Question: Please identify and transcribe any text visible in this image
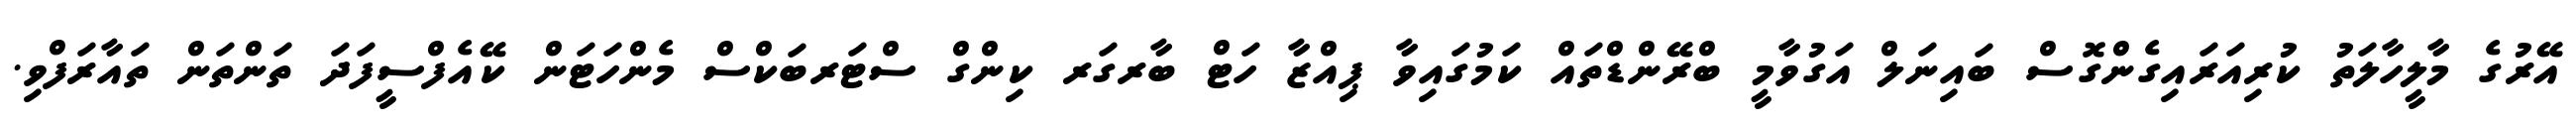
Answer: އޭރުގެ މާލީހާލަތު ކުރިއަރައިގެންގޮސް ބައިނަލް އަގުވާމީ ބްރޭންޑްތައް ކަމުގައިވާ ޕިއްޒާ ހަޓް ބާރގަރ ކިންގް ސްޓަރބަކްސް މެންހަޓަން ކޭއެފްސީފަދަ ތަންތަން ތައާރަފްވި.